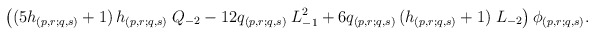
\begin{align*}\left( (5 h_{(p,r;q,s)} +1)\, h_{(p,r;q,s)}\; Q_{-2} - 12q_{(p,r;q,s)}\; L_{-1}^{2} + 6 q_{(p,r;q,s)}\,(h_{(p,r;q,s)} +1)\; L_{-2} \right) \phi_{(p,r;q,s)}.\end{align*}